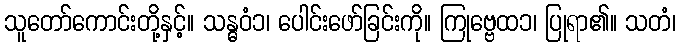
သူတော်ကောင်းတို့နှင့်။ သန္ဓဝံ၁၊ ပေါင်းဖော်ခြင်းကို။ ကြုဗ္ဗေထ၁၊ ပြုရာ၏။ သတံ၊